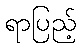
ရာပြည့်